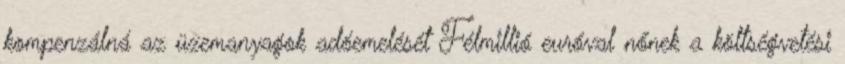
kompenzálná az üzemanyagok adóemelését Félmillió euróval nőnek a költségvetési